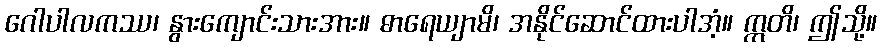
ဂေါပါလကဿ၊ နွားကျောင်းသားအား။ ဓာရေယျာမိ၊ အနိုင်ဆောင်ထားပါအံ့။ ဣတိ၊ ဤသို့။